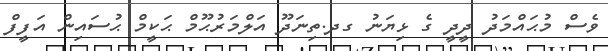
ވެސް މުޙައްމަދު ދީދީ ގެ ޅިޔަނު ގދ.ތިނަދޫ އަލްމަރުޙޫމް ޙަކީމް ޙުސައިން އަފީފް